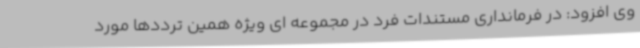
وی افزود: در فرمانداری مستندات فرد در مجموعه ای ویژه همین ترددها مورد